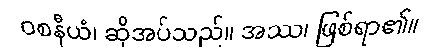
ဝစနီယံ၊ ဆိုအပ်သည်။ အဿ၊ ဖြစ်ရာ၏။